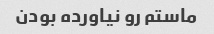
ماستم رو نیاورده بودن